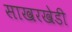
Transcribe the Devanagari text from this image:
साखरखेडी